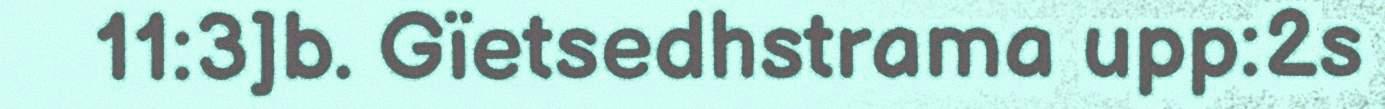
11:3]b. Gïetsedhstrama upp:2s